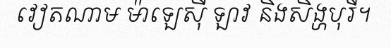
វៀតណាម ម៉ាឡេស៊ី ឡាវ និងសិង្ហបុរី។